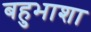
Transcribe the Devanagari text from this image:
बहुभाशा